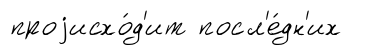
проjисхо́д'ит посл'е́дн'их